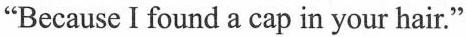
"Because I found a cap in your hair."